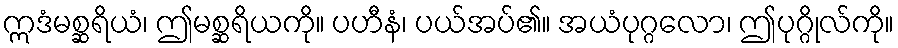
ဣဒံမစ္ဆရိယံ၊ ဤမစ္ဆရိယကို။ ပဟီနံ၊ ပယ်အပ်၏။ အယံပုဂ္ဂလော၊ ဤပုဂ္ဂိုလ်ကို။